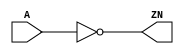
module INV_X1 (A, ZN);
  input A;
  output ZN;

  not(ZN, A);


endmodule